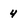
Character: 4